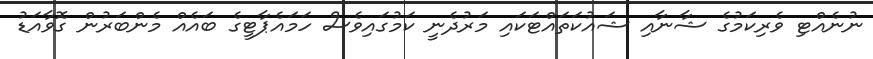
ނުނެއްޓި ވެރިކަމުގެ ޝާނާއި ޝައުކަތައްޓަކައި މަރުދެނީ ކަމުގައިވެސް ހަމައެޕާޓީގެ ބައެއް މެންބަރުން ގޮވާއަޑު